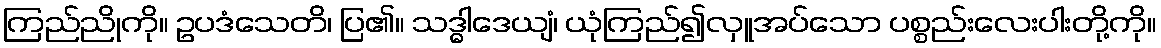
ကြည်ညိုကို။ ဥပဒံသေတိ၊ ပြ၏။ သဒ္ဓါဒေယျံ၊ ယုံကြည်၍လှူအပ်သော ပစ္စည်းလေးပါးတို့ကို။